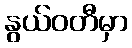
နွယ်ဝတီမှာ